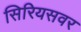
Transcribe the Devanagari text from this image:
सिरियसवर